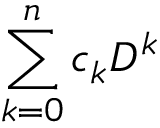
\sum _ { k = 0 } ^ { n } c _ { k } D ^ { k }